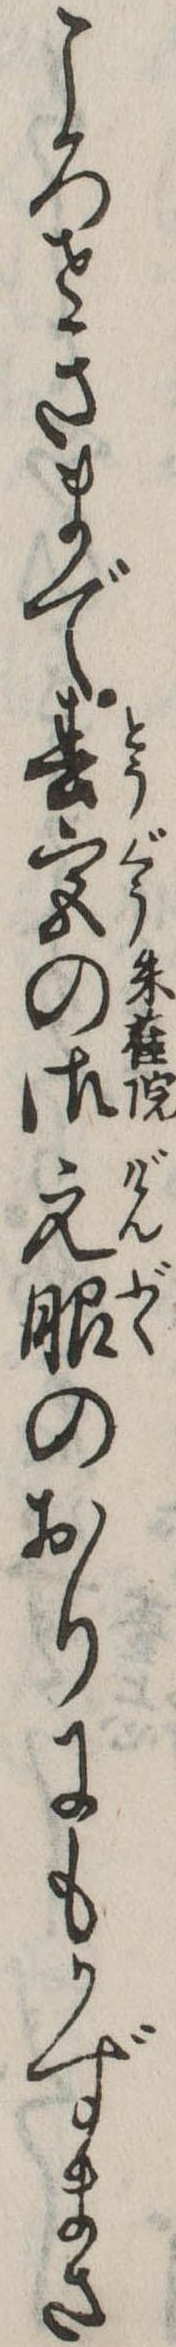
ころせきまで春宮の御元服のおりにもかずまさ